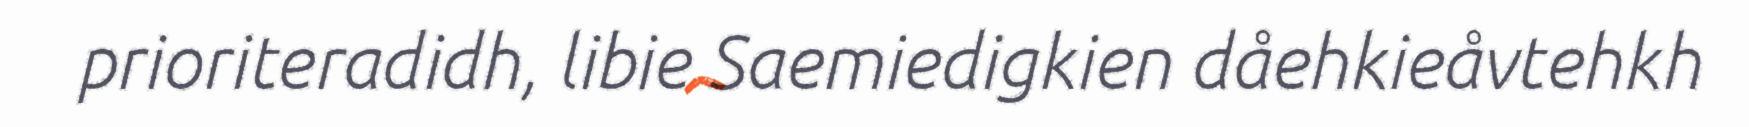
prioriteradidh, libie Saemiedigkien dåehkieåvtehkh